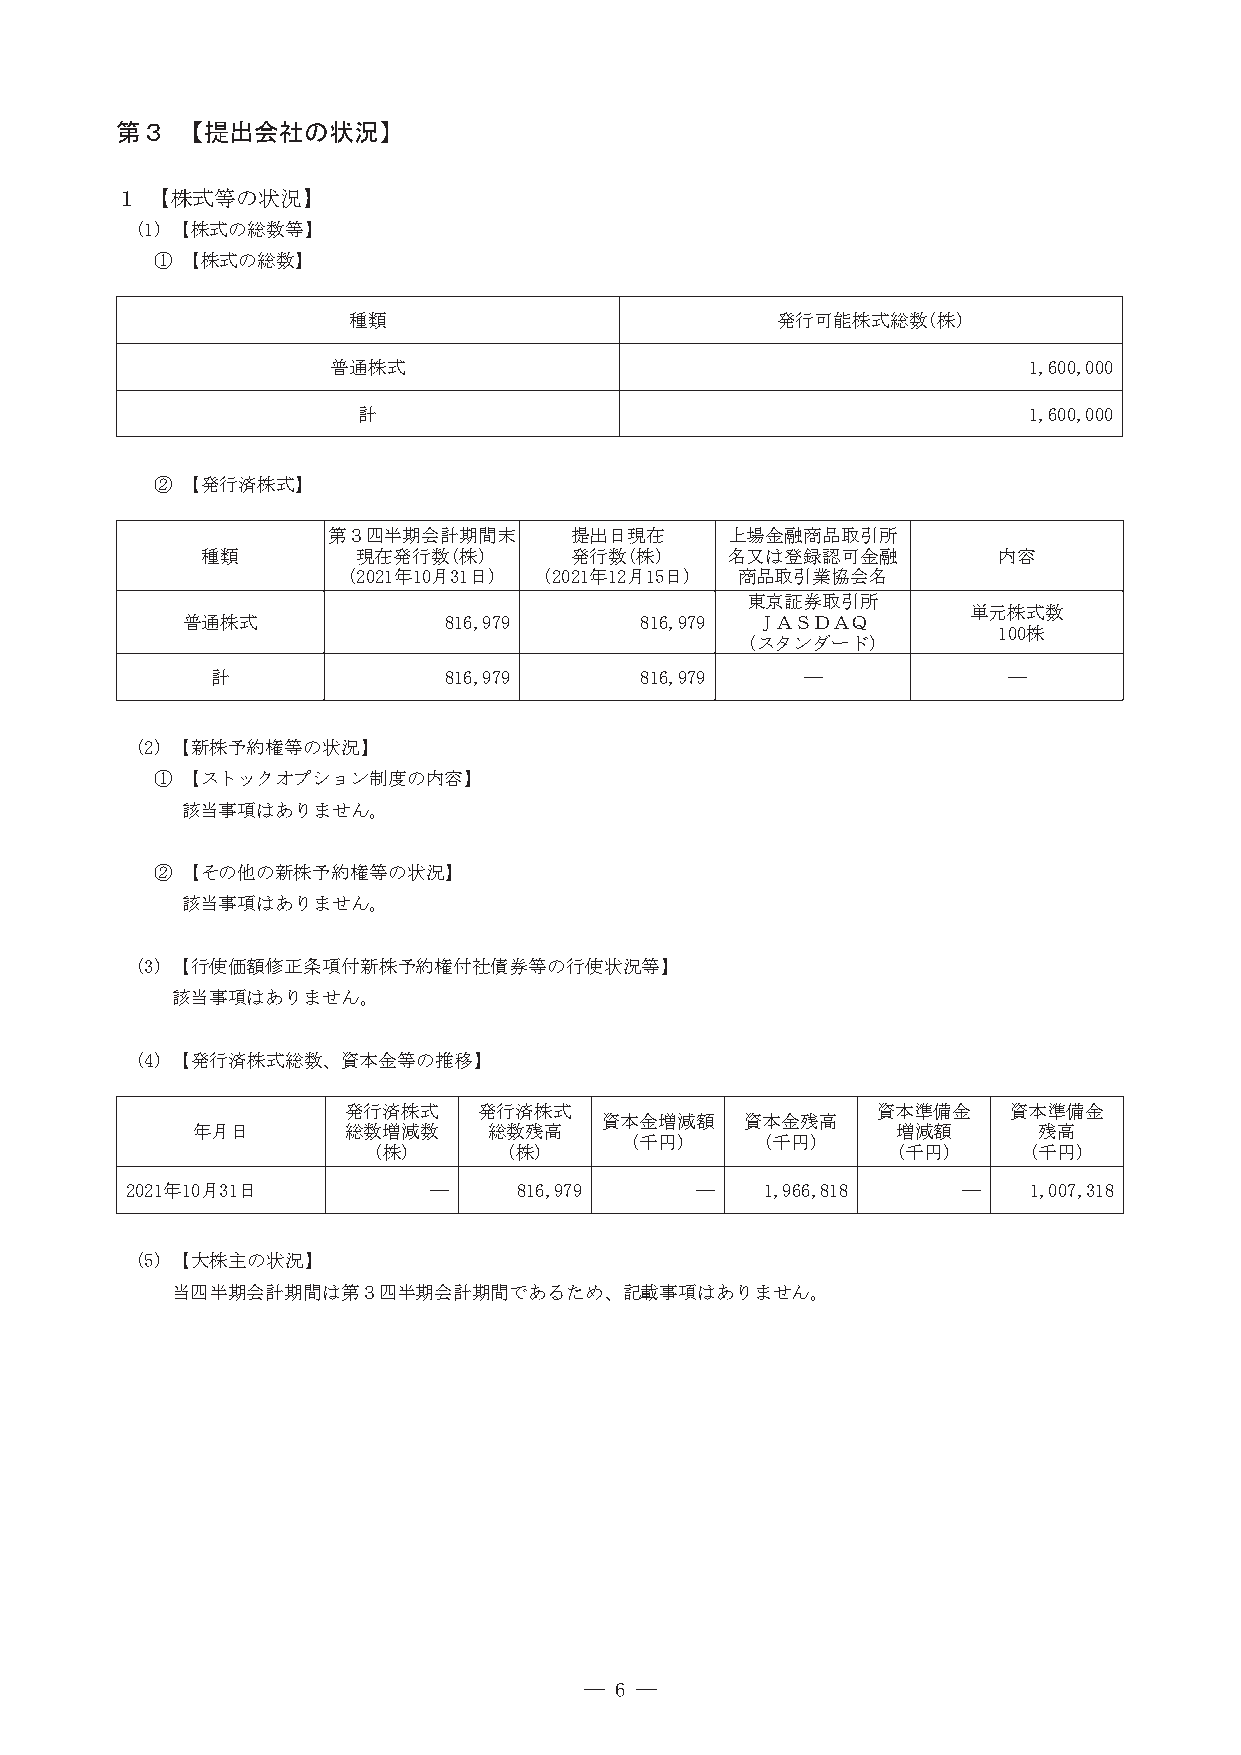
第３  【提出会社の状況】
 １ 【株式等の状況】
 (1) 【株式の総数等】
 ① 【株式の総数】
 種類                          発行可能株式総数(株)
 普通株式                                          1,600,000
 計                                           1,600,000
 ② 【発行済株式】
 第３四半期会計期間末      提出日現在     上場金融商品取引所
 種類         現在発行数(株)      発行数(株)    名又は登録認可金融         内容
 (2021年10月31日) (2021年12月15日) 商品取引業協会名
 東京証券取引所
 単元株式数
 普通株式             816,979      816,979 ＪＡＳＤＡＱ
 100株
 (スタンダード)
 計              816,979      816,979    ―             ―
 (2) 【新株予約権等の状況】
 ① 【ストックオプション制度の内容】
 該当事項はありません。
 ② 【その他の新株予約権等の状況】
 該当事項はありません。
 (3) 【行使価額修正条項付新株予約権付社債券等の行使状況等】
 該当事項はありません。
 (4) 【発行済株式総数、資本金等の推移】
 発行済株式    発行済株式                     資本準備金    資本準備金
 資本金増減額   資本金残高
 年月日       総数増減数    総数残高                       増減額       残高
 (千円)    (千円)
 (株)      (株)                      (千円)     (千円)
 2021年10月31日         ―     816,979     ―    1,966,818    ―   1,007,318
 (5) 【大株主の状況】
 当四半期会計期間は第３四半期会計期間であるため、記載事項はありません。
 ― 6 ―